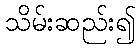
သိမ်းဆည်း၍